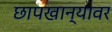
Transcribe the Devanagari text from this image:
छापखान्यावर